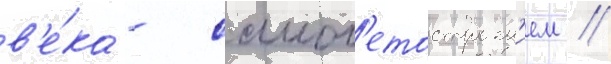
в'е́ка - самол'етостроен'ием //